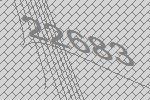
22683